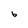
Character: b